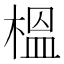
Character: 榲